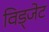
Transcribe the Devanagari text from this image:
विड्जेट